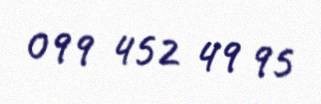
099 452 49 95